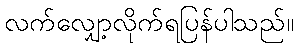
လက်လျှော့လိုက်ရပြန်ပါသည်။